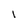
Character: l